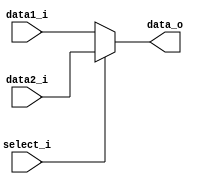
module MUX5
(
    data1_i,
    data2_i,
    select_i,
    data_o
);

    // Ports
    input   [4:0]  data1_i, data2_i;
    input   select_i;
    output  [4:0]  data_o;

    assign  data_o = (select_i == 1'd0)? data1_i : data2_i;

endmodule